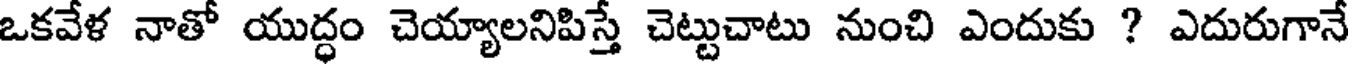
ఒకవేళ నాతో యుద్ధం చెయ్యాలనిపిస్తే చెట్టుచాటు నుంచి ఎందుకు ? ఎదురుగానే